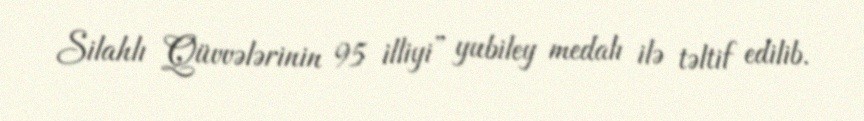
Silahlı Qüvvələrinin 95 illiyi” yubiley medalı ilə təltif edilib.